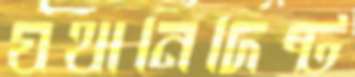
যথানির্দিষ্ট